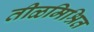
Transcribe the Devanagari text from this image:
तीळमिश्रित